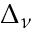
\Delta _ { \nu }